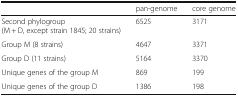
<table><thead><tr><td></td><td><b>pan-genome</b></td><td><b>core genome</b></td></tr></thead><tbody><tr><td>Second phylogroup (M + D, except strain 1845; 20 strains)</td><td>6525</td><td>3171</td></tr><tr><td>Group M (8 strains)</td><td>4647</td><td>3371</td></tr><tr><td>Group D (11 strains)</td><td>5164</td><td>3370</td></tr><tr><td>Unique genes of the group M</td><td>869</td><td>199</td></tr><tr><td>Unique genes of the group D</td><td>1386</td><td>198</td></tr></tbody></table>